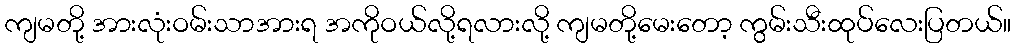
ကျမတို့ အားလုံးဝမ်းသာအားရ အကိုဝယ်လို့ရလားလို့ ကျမတို့မေးတော့ ကွမ်းသီးထုပ်လေးပြတယ်။